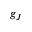
g _ { J }